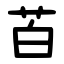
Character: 苩